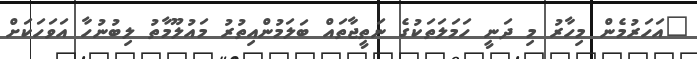
"އަހަރުމެން މިހާރު މި ދަނީ ހަމަލަތަކުގެ ނަތީޖާތައް ބަލަމުންއިތުރު މައުލޫމާތު ލިބުނުހާ އަވަހަކަށް